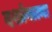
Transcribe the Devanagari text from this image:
दर्शानात्मा